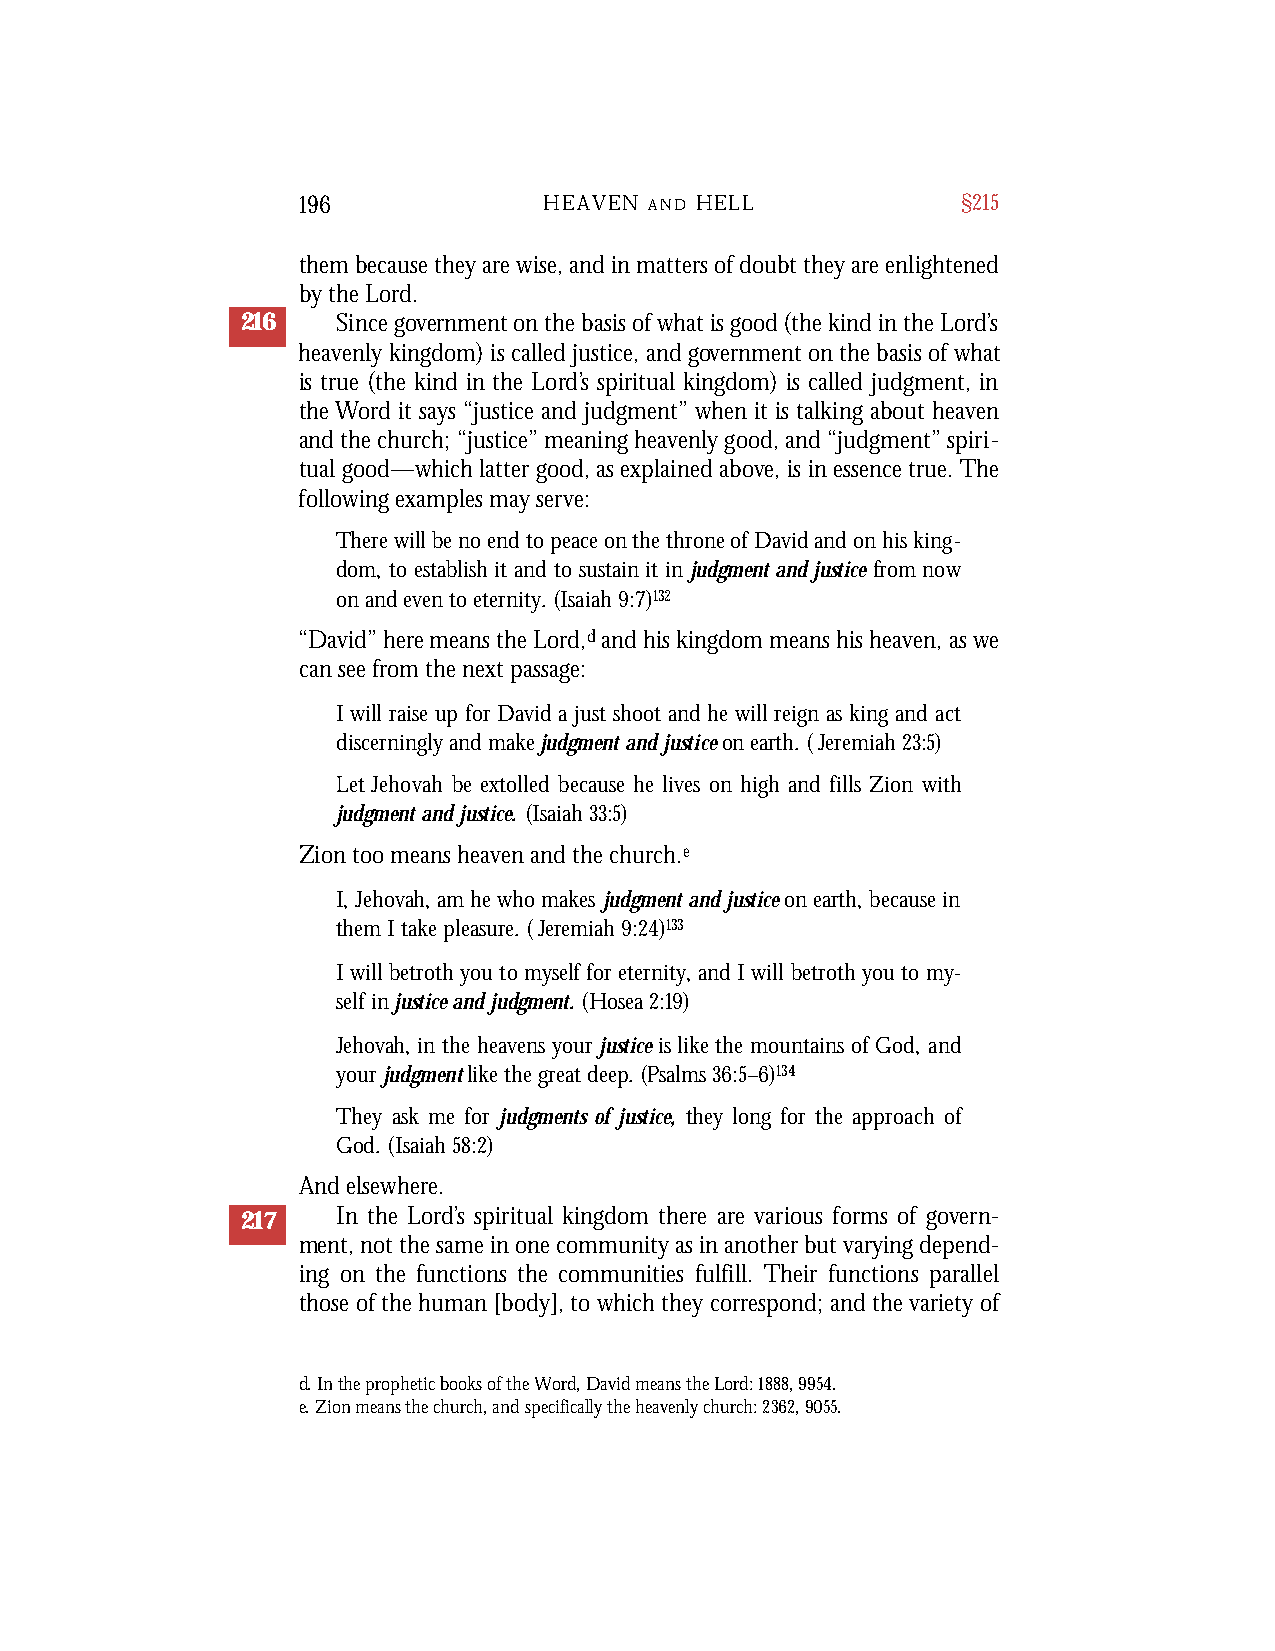
196             HEAVEN A N D H E L L        §215
 them because they are wise, and in matters of doubt they are enlightened
 by the Lord.
 216   Since government on the basis of what is good (the kind in the Lord’s
 heavenly kingdom) is called justice, and government on the basis of what
 is true (the kind in the Lord’s spiritual kingdom) is called judgment, in
 the Word it says “justice and judgment” when it is talking about heaven
 and the church; “justice” meaning heavenly good, and “judgment” spiri-
 tual good—which latter good, as explained above, is in essence true. The
 following examples may serve:
 There will be no end to peace on the throne of David and on his king-
 dom, to establish it and to sustain it in judgment and justice from now
 on and even to eternity. (Isaiah 9:7)132
 “David” here means the Lord,dand his kingdom means his heaven, as we
 can see from the next passage:
 I will raise up for David a just shoot and he will reign as king and act
 discerningly and make judgment and justice on earth. (Jeremiah 23:5)
 Let Jehovah be extolled because he lives on high and fills Zion with
 judgment and justice. (Isaiah 33:5)
 Zion too means heaven and the church.e
 I, Jehovah, am he who makes judgment and justice on earth, because in
 them I take pleasure. (Jeremiah 9:24)133
 I will betroth you to myself for eternity, and I will betroth you to my-
 self in justice and judgment. (Hosea 2:19)
 Jehovah, in the heavens your justice is like the mountains of God, and
 your judgmentlike the great deep. (Psalms 36:5–6)134
 They ask me for judgments of justice, they long for the approach of
 God. (Isaiah 58:2)
 And elsewhere.
 217   In the Lord’s spiritual kingdom there are various forms of govern-
 ment, not the same in one community as in another but varying depend-
 ing on the functions the communities fulfill. Their functions parallel
 those of the human [body], to which they correspond; and the variety of
 d. In the prophetic books of the Word, David means the Lord: 1888, 9954.
 e. Zion means the church, and specifically the heavenly church: 2362, 9055.